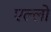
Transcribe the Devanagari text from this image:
एल्लो